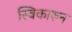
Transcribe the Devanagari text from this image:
स्विकारुन